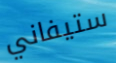
ستيفاني